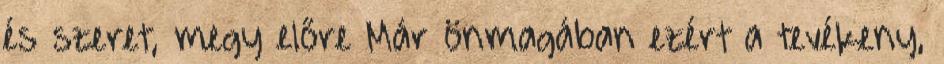
és szeret, megy előre Már önmagában ezért a tevékeny,